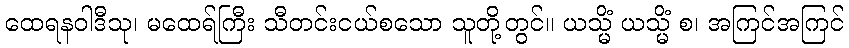
ထေရနဝါဒီသု၊ မထေရ်ကြီး သီတင်းငယ်စသော သူတို့တွင်။ ယသ္မိံ ယသ္မိံ စ၊ အကြင်အကြင်